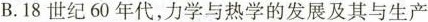
B.18世纪60年代，力学与热学的发展及其与生产